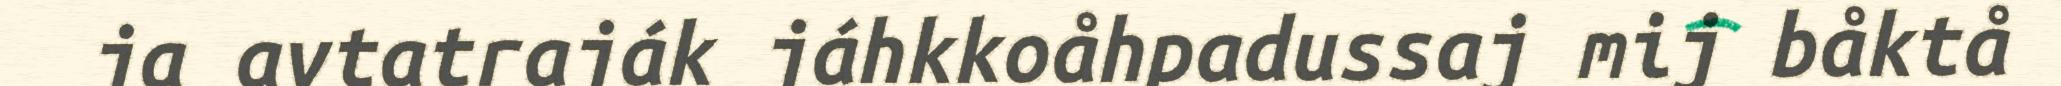
ja avtatraják jáhkkoåhpadussaj mij båktå